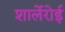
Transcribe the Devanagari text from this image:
शार्लेरोई